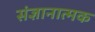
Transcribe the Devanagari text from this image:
संज्ञानात्‍मक